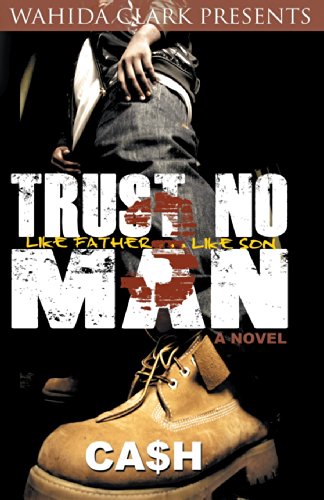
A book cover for Trust No Man Part 3 (Wahida Clark Presents); Cash; Literature & Fiction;